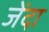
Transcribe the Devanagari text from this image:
जेंदा